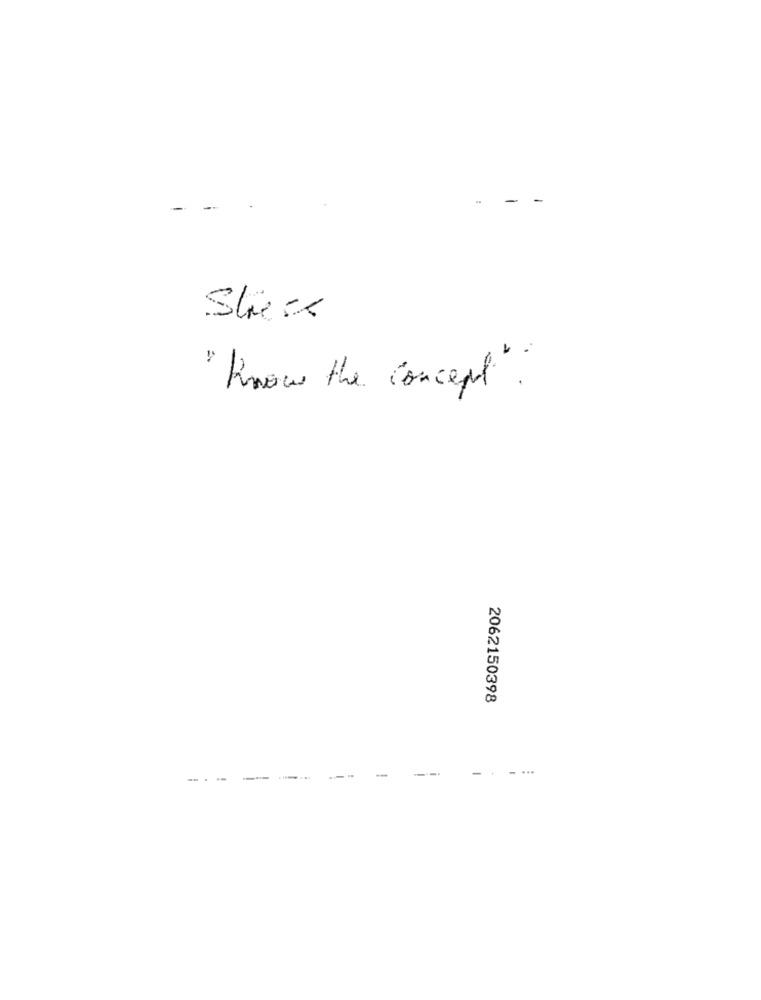
Slice
" know the concept .
2062150398
-
...